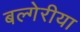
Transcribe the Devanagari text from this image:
बल्गेरीया